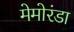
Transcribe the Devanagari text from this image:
मेमोरंडा